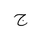
Letter: _gim